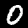
Label: 0